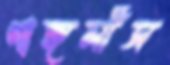
গাঙ্গলীস